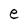
Character: e